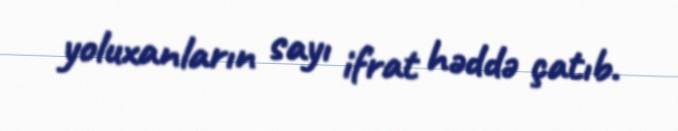
yoluxanların sayı ifrat həddə çatıb.